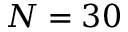
N = 3 0